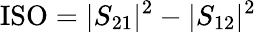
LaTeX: \textrm{ISO}=|S_{21}|^{2}-|S_{12}|^{2}